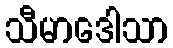
သီမာဒေါသာ